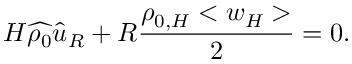
H \widehat { \rho _ { 0 } } \widehat { u } _ { R } + R \frac { \rho _ { 0 , H } < w _ { H } > } { 2 } = 0 .